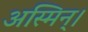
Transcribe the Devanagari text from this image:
अस्मिन्।